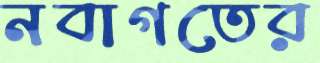
নবাগতের